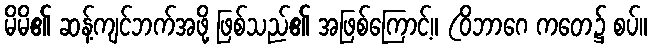
မိမိ၏ ဆန့်ကျင်ဘက်အဖို့ ဖြစ်သည်၏ အဖြစ်ကြောင့်။ (ဝိဘာဂေ ကတေ၌ စပ်။